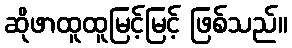
ဆိုဖာထူထူမြင့်မြင့် ဖြစ်သည်။